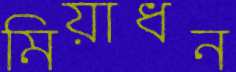
মিয়াধন